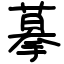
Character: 摹